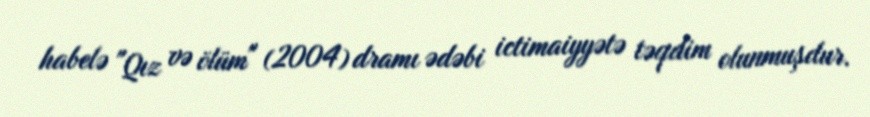
habelə "Qız və ölüm" (2004) dramı ədəbi ictimaiyyətə təqdim olunmuşdur.